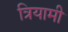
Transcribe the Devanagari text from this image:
त्रियामी